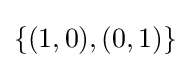
\{(1,0),(0,1)\}